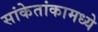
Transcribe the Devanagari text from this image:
सांकेतांकामध्ये